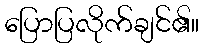
ပြောပြလိုက်ချင်၏။